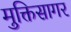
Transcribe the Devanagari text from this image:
मुक्तिसागर